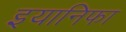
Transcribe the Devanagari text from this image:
इयानिफा